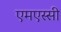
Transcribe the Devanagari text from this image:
एमएस्सी